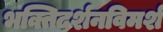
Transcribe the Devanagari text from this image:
भक्तिदर्शनविमर्श